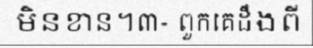
មិនខាន។៣- ពួកគេដឹងពី